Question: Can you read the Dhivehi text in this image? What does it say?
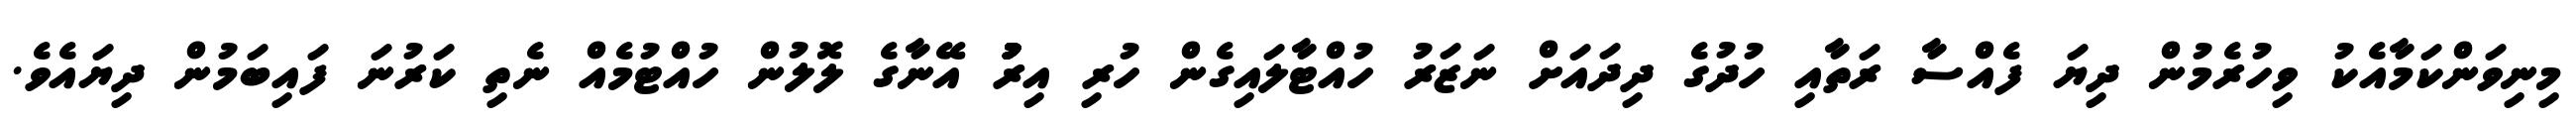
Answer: މިނިވަންކަމާއެކު ވިހުރެމުން ދިޔަ ފެއްސާ ރަތާއި ހުދުގެ ދިދައަށް ނަޒަރު ހުއްޓާލައިގެން ހުރި އިރުުުުު އޭނާގެ ލޮލުން ހުއްޓުމެއް ނެތި ކަރުނަ ފައިބަމުން ދިޔައެވެ.